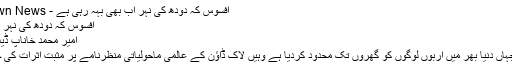
افسوس کہ دودھ کی نہر اب بھی بہہ رہی ہے - Opinions - Dawn News
افسوس کہ دودھ کی نہر اب بھی بہہ رہی ہے
امیر محمد خاناپ ڈیٹ 30 اپريل 2020
کورونا وائرس نے جہاں دنیا بھر میں اربوں لوگوں کو گھروں تک محدود کردیا ہے وہیں لاک ڈاؤن کے عالمی ماحولیاتی منظرنامے پر مثبت اثرات کی خبریں بھی آرہی ہیں۔